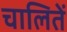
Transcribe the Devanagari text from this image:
चालितें